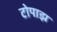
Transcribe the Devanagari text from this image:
टोपाझ